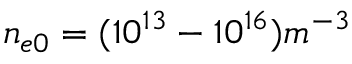
n _ { e 0 } = ( 1 0 ^ { 1 3 } - 1 0 ^ { 1 6 } ) m ^ { - 3 }